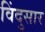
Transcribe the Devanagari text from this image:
विंदुसार